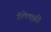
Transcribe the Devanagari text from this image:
गॅलेक्झी